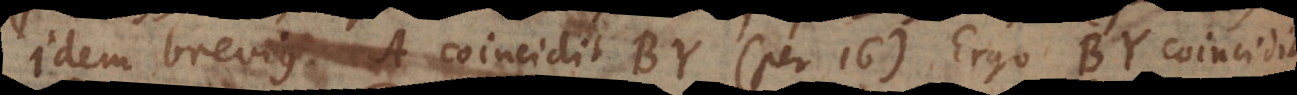
Idem brevius: A coincidit BY (per 16). Ergo BY coincidit